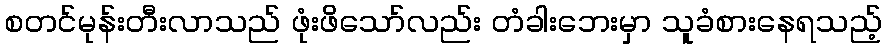
စတင်မုန်းတီးလာသည် ဖုံးဖိသော်လည်း တံခါးဘေးမှာ သူခံစားနေရသည့်